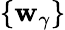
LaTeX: \{ \mathbf{w}_{\gamma}\}